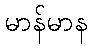
မာန်မာန